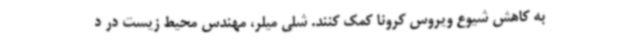
به کاهش شیوع ویروس کرونا کمک کنند. شلی میلر، مهندس محیط زیست در د